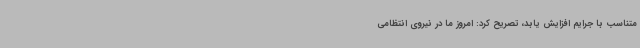
متناسب با جرایم افزایش یابد، تصریح کرد: امروز ما در نیروی انتظامی